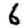
Digit: 6